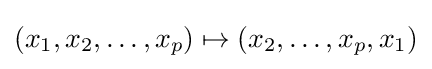
(x_{1},x_{2},\ldots ,x_{p})\mapsto (x_{2},\ldots ,x_{p},x_{1})